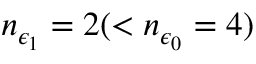
n _ { \epsilon _ { 1 } } = 2 ( < n _ { \epsilon _ { 0 } } = 4 )